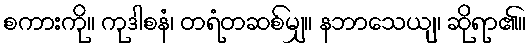
စကားကို။ ကုဒါစနံ၊ တရံတဆစ်မျှ။ နဘာသေယျ၊ ဆိုရာ၏။